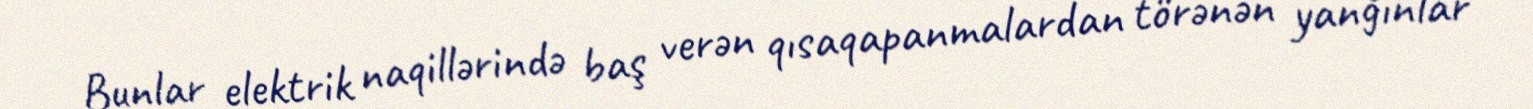
Bunlar elektrik naqillərində baş verən qısaqapanmalardan törənən yanğınlar